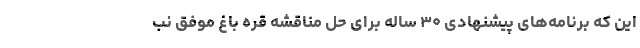
این که برنامه‌های پیشنهادی ۳۰ ساله برای حل مناقشه قره باغ موفق نب